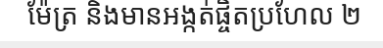
ម៉ែត្រ និងមានអង្កត់ផ្ចិតប្រហែល ២